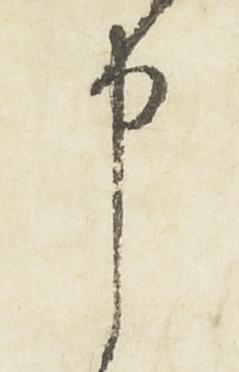
申